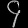
Digit: ၄